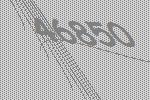
46850